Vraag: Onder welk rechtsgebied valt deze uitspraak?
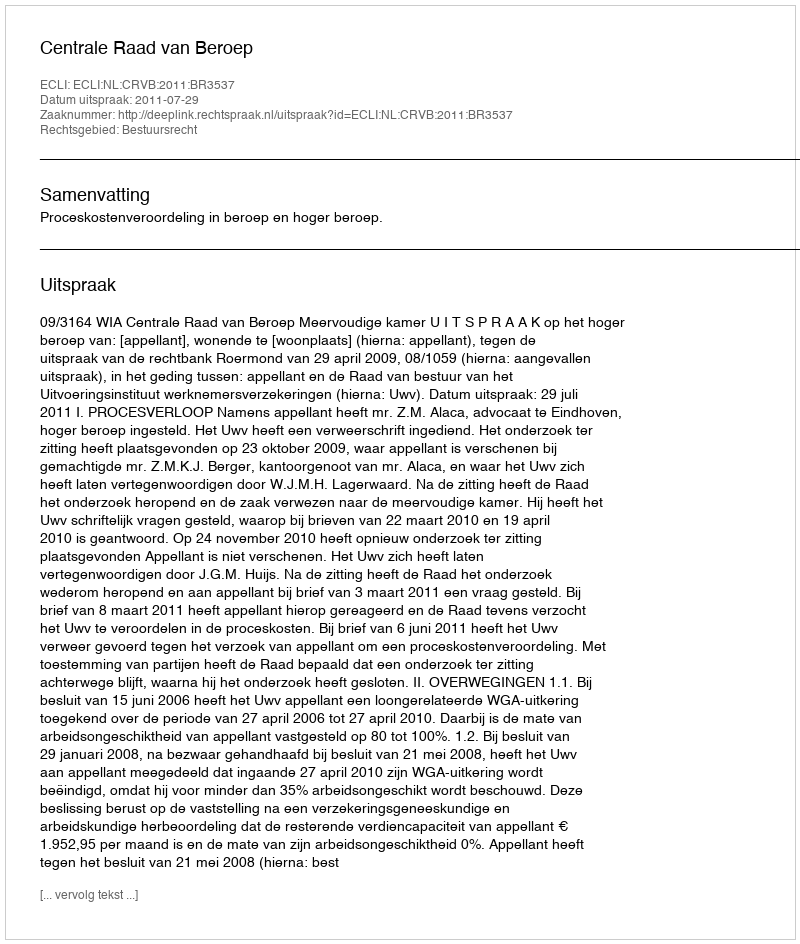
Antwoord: Bestuursrecht